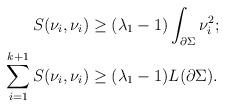
LaTeX: \begin{align*}S(\nu_i, \nu_i) &\geq (\lambda_1-1) \int_{\partial \Sigma} \nu_i^2;\\\sum_{i=1}^{k+1} S(\nu_i, \nu_i) &\geq (\lambda_1-1)L(\partial \Sigma).\end{align*}